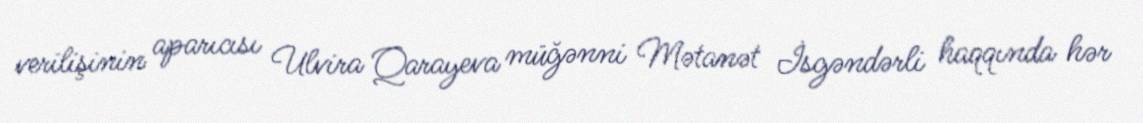
verilişinin aparıcısı Ulvira Qarayeva müğənni Mətanət İsgəndərli haqqında hər